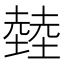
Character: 龳